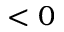
< 0